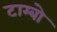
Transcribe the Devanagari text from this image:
टाम्बो